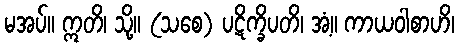
မအပ်။ ဣတိ၊ သို့။ (သစေ) ပဋိက္ခိပတိ၊ အံ့။ ကာယဝါစာဟိ၊